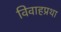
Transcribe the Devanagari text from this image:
विवाहप्रथा